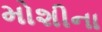
મોશીના